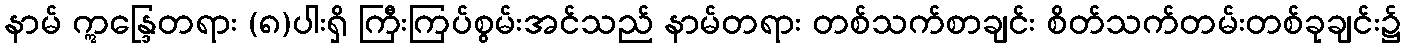
နာမ် ဣန္ဒြေတရား (၈)ပါးရှိ ကြီးကြပ်စွမ်းအင်သည် နာမ်တရား တစ်သက်စာချင်း စိတ်သက်တမ်းတစ်ခုချင်း၌